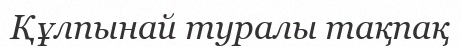
Құлпынай туралы тақпақ